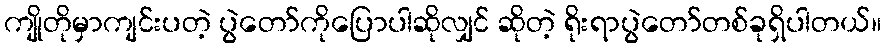
ကျိုတိုမှာကျင်းပတဲ့ ပွဲတော်ကိုပြောပါဆိုလျှင် ဆိုတဲ့ ရိုးရာပွဲတော်တစ်ခုရှိပါတယ်။